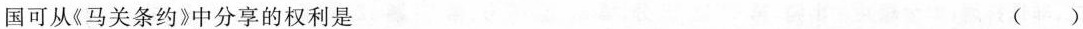
国可从《马关条约》中分享的权利是 ( )